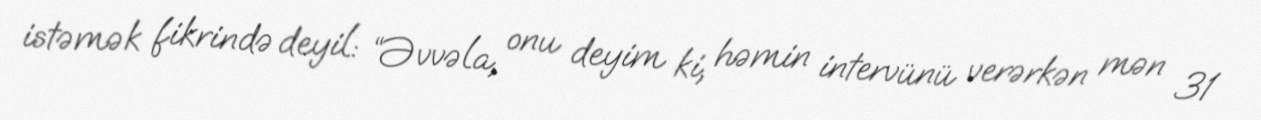
istəmək fikrində deyil: “Əvvəla, onu deyim ki, həmin intervünü verərkən mən 31